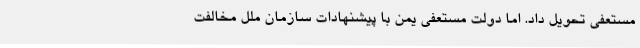
مستعفی تحویل داد. اما دولت مستعفی یمن با پیشنهادات سازمان ملل مخالفت